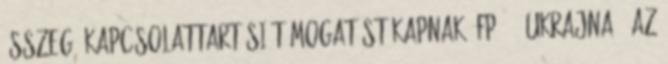
összegű kapcsolattartási támogatást kapnak. FP24 - Ukrajna - Az